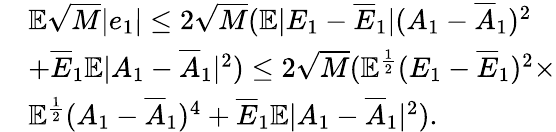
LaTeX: \begin{array}{rl}&{\mathbb{E}\sqrt{M}|e_{1}|\le 2\sqrt{M}(\mathbb{E}|E_{1}-\overline{{E}}_{1}|(A_{1}-\overline{{A}}_{1})^{2}}\\ &{+\overline{{E}}_{1}\mathbb{E}|A_{1}-\overline{{A}}_{1}|^{2})\le 2\sqrt{M}(\mathbb{E}^{\frac{1}{2}}(E_{1}-\overline{{E}}_{1})^{2}\times}\\ &{\mathbb{E}^{\frac{1}{2}}(A_{1}-\overline{{A}}_{1})^{4}+\overline{{E}}_{1}\mathbb{E}|A_{1}-\overline{{A}}_{1}|^{2}).}\end{array}